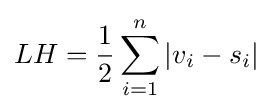
LH={\frac {1}{2}}\sum _{i=1}^{n}|v_{i}-s_{i}|